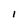
Character: I